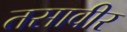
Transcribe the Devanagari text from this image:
तसावीर